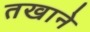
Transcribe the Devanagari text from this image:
तखाने